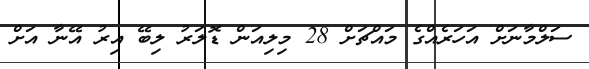
ސަލްމާނަށް އަހަރެއްގެ މައްޗަށް 28 މިލިއަން ޑޮލަރު ލިބޭ އިރު އޭނާ އަށް